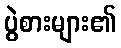
ပွဲစားများ၏